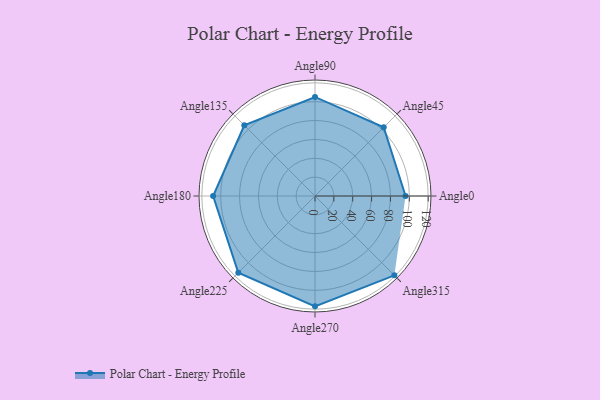
{"axis": {"x": "Angle", "y": "Radius"}, "legend": [""], "data": [{"x": "Angle0", "y": 96.0, "type": ""}, {"x": "Angle45", "y": 103.0, "type": ""}, {"x": "Angle90", "y": 105.0, "type": ""}, {"x": "Angle135", "y": 106.0, "type": ""}, {"x": "Angle180", "y": 108.0, "type": ""}, {"x": "Angle225", "y": 115.0, "type": ""}, {"x": "Angle270", "y": 117.0, "type": ""}, {"x": "Angle315", "y": 119.0, "type": ""}]}